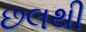
છલથી